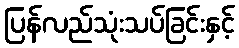
ပြန်လည်သုံးသပ်ခြင်းနှင့်